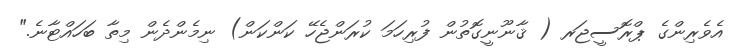
އެެވެރިންގެ ޕްރޮސީޖަރ ( ޤާނޫނީގޮތުން ފުރިހަމަ ކުރަންޖެހޭ ކަންކަން) ނިމެންދެން މިތާ ބަހައްޓާނެ."